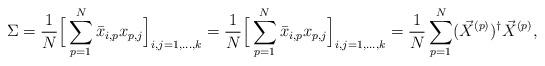
LaTeX: \begin{align*}\Sigma = {1 \over N} \Big [ \sum_{p=1}^N \bar{x}_{i,p} x_{p,j} \Big ]_{i,j=1,\dots,k} = {1 \over N} \Big [ \sum_{p=1}^N \bar{x}_{i,p} x_{p,j} \Big ]_{i,j=1,\dots,k} = {1 \over N} \sum_{p=1}^N (\vec{X}^{(p)})^\dagger \vec{X}^{(p)} , \end{align*}